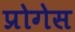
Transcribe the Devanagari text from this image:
प्रोगेस